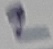
Text: 2